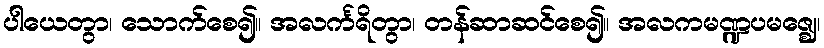
ပါယေတွာ၊ သောက်စေ၍။ အလင်္ကရိတွာ၊ တန်ဆာဆင်စေ၍။ အလကမဏ္ဍပမဇ္ဈေ၊